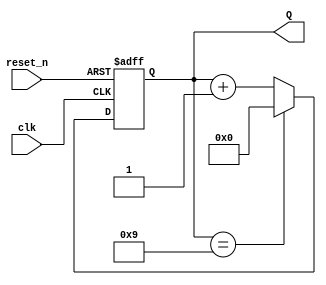
module BCD_Asynchronous_Counter (
    input wire clk,        // Clock input
    input wire reset_n,    // Asynchronous active-low reset
    output reg [3:0] Q     // 4-bit output representing the BCD count
);

// Always block for the counter logic
always @(posedge clk or negedge reset_n) begin
    if (!reset_n) begin
        Q <= 4'b0000; // Reset the counter to 0
    end else begin
        if (Q == 4'b1001) begin
            Q <= 4'b0000; // Reset to 0 when reaching 10 (1010)
        end else begin
            Q <= Q + 1; // Increment the counter
        end
    end
end

endmodule